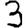
Digit: 3